Annual statistical returns and brief notes on vaccination in Bengal - 1896-1909
Year: 1896
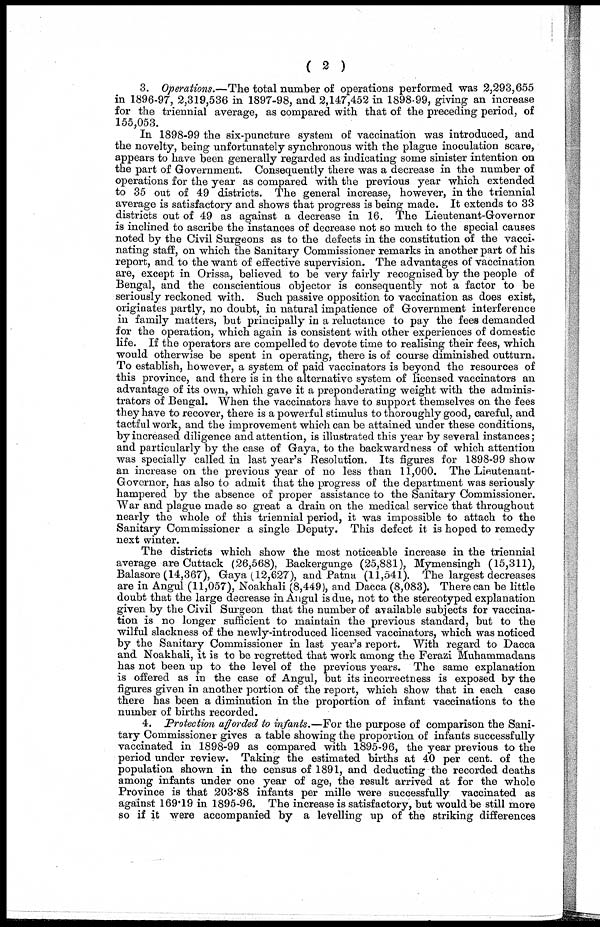
( 2 )
3. Operations.—The total number of operations performed was 2,293,655
in 1896-97, 2,319,536 in 1897-98, and 2,147,452 in 1898-99, giving an increase
for the triennial average, as compared with that of the preceding period, of
155,053.
In 1898-99 the six-puncture system of vaccination was introduced, and
the novelty, being unfortunately synchronous with the plague inoculation scare,
appears to have been generally regarded as indicating some sinister intention on
the part of Government. Consequently there was a decrease in the number of
operations for the year as compared with the previous year which extended
to 35 out of 49 districts. The general increase, however, in the triennial
average is satisfactory and shows that progress is being made. It extends to 33
districts out of 49 as against a decrease in 16. The Lieutenant-Governor
is inclined to ascribe the instances of decrease not so much to the special causes
noted by the Civil Surgeons as to the defects in the constitution of the vacci-
nating staff, on which the Sanitary Commissioner remarks in another part of his
report, and to the want of effective supervision. The advantages of vaccination
are, except in Orissa, believed to be very fairly recognised by the people of
Bengal, and the conscientious objector is consequently not a factor to be
seriously reckoned with. Such passive opposition to vaccination as does exist,
originates partly, no doubt, in natural impatience of Government interference
in family matters, but principally in a reluctance to pay the fees demanded
for the operation, which again is consistent with other experiences of domestic
life. If the operators are compelled to devote time to realising their fees, which
would otherwise be spent in operating, there is of course diminished outturn.
To establish, however, a system of paid vaccinators is beyond the resources of
this province, and there is in the alternative system of licensed vaccinators an
advantage of its own, which gave it a preponderating weight with the adminis-
trators of Bengal. When the vaccinators have to support themselves on the fees
they have to recover, there is a powerful stimulus to thoroughly good, careful, and
tactful work, and the improvement which can be attained under these conditions,
by increased diligence and attention, is illustrated this year by several instances;
and particularly by the case of Gaya, to the backwardness of which attention
was specially called in last year's Resolution. Its figures for 1898-99 show
an increase on the previous year of no less than 11,000. The Lieutenant-
Governor, has also to admit that the progress of the department was seriously
hampered by the absence of proper assistance to the Sanitary Commissioner.
War and plague made so great a drain on the medical service that throughout
nearly the whole of this triennial period, it was impossible to attach to the
Sanitary Commissioner a single Deputy. This defect it is hoped to remedy
next winter.
The districts which show the most noticeable increase in the triennial
average are Cuttack (26,568), Backergunge (25,881), Mymensingh (15,311),
Balasore (14,367), Gaya (12,627), and Patna (11,541). The largest decreases
are in Angul (11,057), Noakhali (8,449), and Dacca (8,083). There can be little
doubt that the large decrease in Angul is due, not to the stereotyped explanation
given by the Civil Surgeon that the number of available subjects for vaccina-
tion is no longer sufficient to maintain the previous standard, but to the
wilful slackness of the newly-introduced licensed vaccinators, which was noticed
by the Sanitary Commissioner in last year's report. With regard to Dacca
and Noakhali, it is to be regretted that work among the Ferazi Muhammadans
has not been up to the level of the previous years. The same explanation
is offered as in the case of Angul, but its incorrectness is exposed by the
figures given in another portion of the report, which show that in each case
there has been a diminution in the proportion of infant vaccinations to the
number of births recorded.
4. Protection afforded to infants.—For the purpose of comparison the Sani-
tary Commissioner gives a table showing the proportion of infants successfully
vaccinated in 1898-99 as compared with 1895-96, the year previous to the
period under review. Taking the estimated births at 40 per cent. of the
population shown in the census of 1891, and deducting the recorded deaths
among infants under one year of age, the result arrived at for the whole
Province is that 203.88 infants per mille were successfully vaccinated as
against 169.19 in 1895-96. The increase is satisfactory, but would be still more
so if it were accompanied by a levelling up of the striking differences